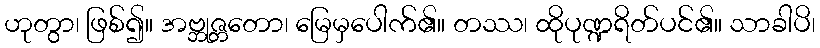
ဟုတွာ၊ ဖြစ်၍။ အဗ္ဘုဇ္တတော၊ မြေမှပေါက်၏။ တဿ၊ ထိုပုဏ္ဍရိတ်ပင်၏။ သာခါပိ၊